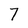
Character: 7